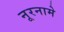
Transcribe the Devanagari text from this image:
नूरनामे